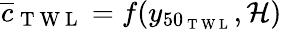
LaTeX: \overline{{c}}_{\mathrm{~T~W~L~}}=f(y_{50_{\mathrm{~T~W~L~}}},\mathcal{H})